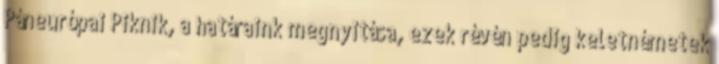
Páneurópai Piknik, a határaink megnyitása, ezek révén pedig keletnémetek